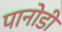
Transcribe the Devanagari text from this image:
पानोडी